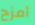
أمزح